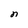
Character: n